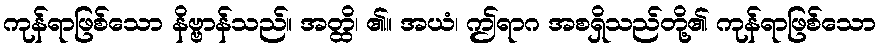
ကုန်ရာဖြစ်သော နိဗ္ဗာန်သည်။ အတ္ထိ၊ ၏။ အယံ၊ ဤရာဂ အစရှိသည်တို့၏ ကုန်ရာဖြစ်သော